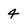
Character: 4